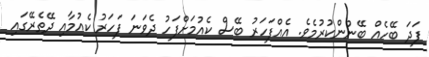
ފަދަ ބޭހެއް ބޭނުންކުރުމެވެ. އެއްފަހަރު ބޭސް ކެއުމަށްފަހު ދެވަނަ ފަހަރު ކެއުމާއި ދޭތެރޭގައި